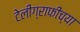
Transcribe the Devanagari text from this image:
टेलीग्राफीच्या